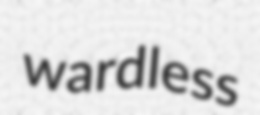
wardless